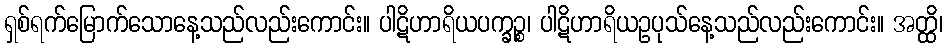
ရှစ်ရက်မြောက်သောနေ့သည်လည်းကောင်း။ ပါဋိဟာရိယပက္ခဉ္စ၊ ပါဋိဟာရိယဥပုသ်နေ့သည်လည်းကောင်း။ အတ္ထိ၊